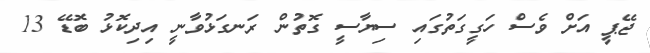
ޖޭޕީ އަށް ވެސް ހަގީގަތުގައި ސިޔާސީ ގޮތުން ރަނގަޅުވާނީ އިދިކޮޅު ބޮޑޭ 13